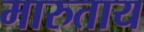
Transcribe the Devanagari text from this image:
मारुताय